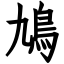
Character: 鳩